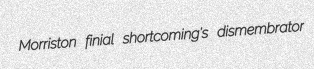
Morriston finial shortcoming's dismembrator